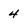
Character: 4